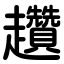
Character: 趲